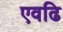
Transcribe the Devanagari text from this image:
एवढि